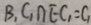
B _ { 1 } C _ { 1 } \cap E C _ { 1 } = C _ { 1 }